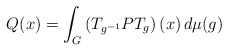
\begin{align*}Q(x)=\int_G \left(T_{g^{-1}}PT_g\right)(x) \, d\mu(g)\end{align*}